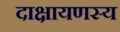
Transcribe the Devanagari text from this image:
दाक्षायणस्य